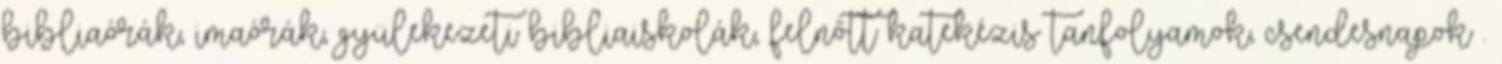
bibliaórák, imaórák, gyülekezeti bibliaiskolák, felnőtt katekézis tanfolyamok, csendesnapok .